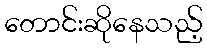
တောင်းဆိုနေသည့်